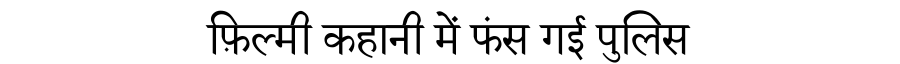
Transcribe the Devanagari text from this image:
फ़िल्मी कहानी में फंस गई पुलिस